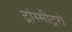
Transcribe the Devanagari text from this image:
ट्रांस्मीट्ररों